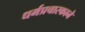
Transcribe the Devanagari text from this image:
धर्मप्रचारकाने